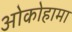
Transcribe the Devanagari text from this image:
ओकोहामा